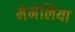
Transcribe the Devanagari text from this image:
मेमेलिया